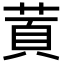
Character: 鿓